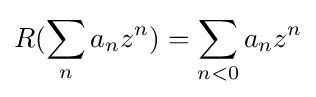
\displaystyle R(\sum _{n}a_{n}z^{n})=\sum _{n<0}a_{n}z^{n}